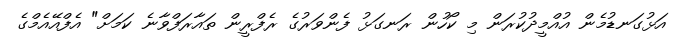
އަޅުގަނޑުމެން އުއްމީދުކުރަން މި ކޯހުން ރަނގަޅު ފެންވަރުގެ ރެފްރީން ތައާރަފްވާނެ ކަމަށް" އެފްއޭއެމްގެ